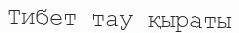
Тибет тау қыраты